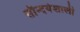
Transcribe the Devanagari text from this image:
सौन्दर्यशाली